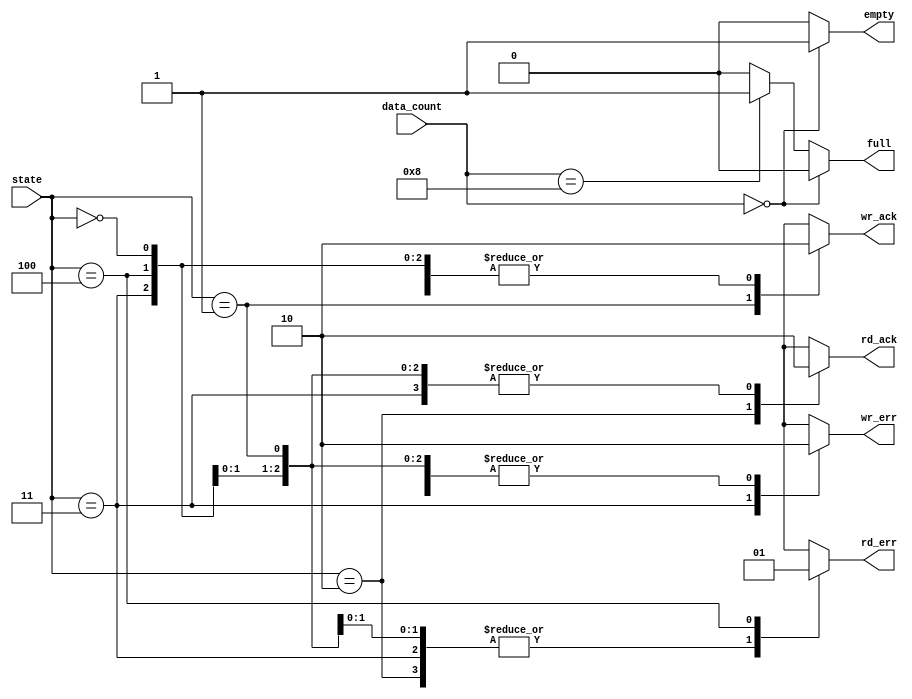
module fifo_out(state, data_count, full, empty, wr_ack, wr_err, rd_ack, rd_err); // fifo out
input [2:0] state;
input [3:0] data_count;
output reg full, empty, wr_ack, wr_err, rd_ack, rd_err;
// write acknowledge, error, read acknowledge, error

// parameter setting
parameter INIT = 3'b000;
parameter WRITE = 3'b001;
parameter READ = 3'b010;
parameter WR_ERROR = 3'b011;
parameter RD_ERROR = 3'b100;

// full, empty setting
always @(data_count)
	begin
		if(data_count == 4'h0) // when data is zero 
		begin
			full <= 1'b0;			// full =0. empty =1
			empty <= 1'b1;
		end
		
		else if(data_count == 4'h8)// when data is full
		begin
			full <= 1'b1;				// full = 1, empty =0 
			empty <= 1'b0;
		end
		else								
		begin
			full <= 1'b0;				// full, empty = 0
			empty <= 1'b0;
		end
	end

// handshake setting	
always@(state)
	begin
	
		case(state)
		INIT:		// INIT
		begin
			wr_ack <= 0;
			wr_err <= 0;
			rd_ack <= 0;
			rd_err <= 0;
		end
		WRITE:	 	// WRITE
		begin
			wr_ack <= 1;
			wr_err <= 0;
			rd_ack <= 0;
			rd_err <= 0;
		end
		READ:		// READ
		begin
			wr_ack <= 0;
			wr_err <= 0;
			rd_ack <= 1;
			rd_err <= 0;
		end
		WR_ERROR:		// WR_ERROR
		begin
			wr_ack <= 0;
			wr_err <= 1;
			rd_ack <= 0;
			rd_err <= 0;
		end
		RD_ERROR:					// RD_ERROR
		begin
			wr_ack <= 0;
			wr_err <= 0;
			rd_ack <= 0;
			rd_err <= 1;
		end
		default // state isn't IDLE, WRITE, WR_ERROR, READ, RD_ERROR
			begin
				wr_ack=1'bx; wr_err=1'bx; rd_ack=1'bx; rd_err=1'bx; // all inputs are unknown
			end
			
		endcase
	end
endmodule